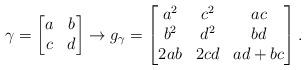
LaTeX: \begin{align*}\gamma=\begin{bmatrix} a & b \\ c & d \end{bmatrix} \to g_{\gamma}=\begin{bmatrix}a^2& c^2 &ac \\b^2 & d^2 & bd \\ 2ab & 2cd& ad+bc \end{bmatrix}.\end{align*}